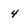
Character: 4